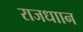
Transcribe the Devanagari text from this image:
राजधाान